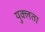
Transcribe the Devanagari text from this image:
युक्लता